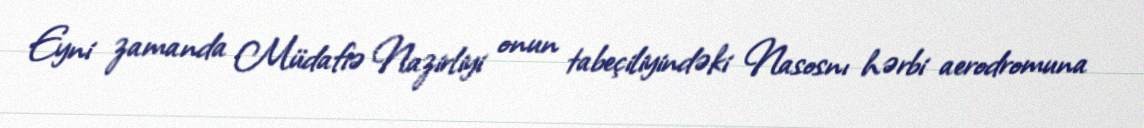
Eyni zamanda Müdafiə Nazirliyi onun tabeçiliyindəki Nasosnı hərbi aerodromuna